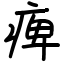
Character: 痺